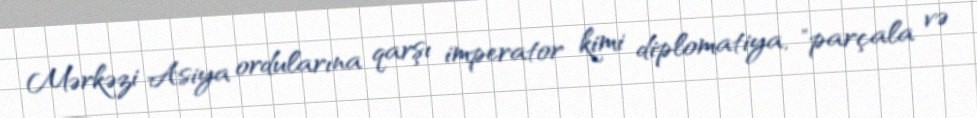
Mərkəzi Asiya ordularına qarşı imperator kimi diplomatiya, "parçala və